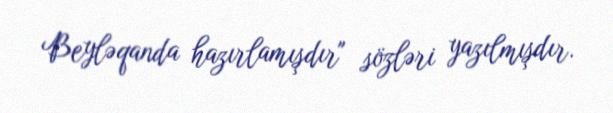
Beyləqanda hazırlamışdır" sözləri yazılmışdır.